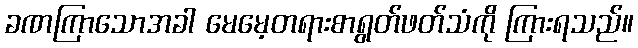
ခဏကြာသောအခါ မေမေ့တရားစာရွတ်ဖတ်သံကို ကြားရသည်။